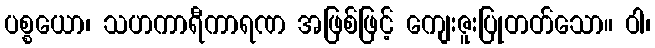
ပစ္စယော၊ သဟကာရီကာရဏ အဖြစ်ဖြင့် ကျေးဇူးပြုတတ်သော။ ဝါ၊